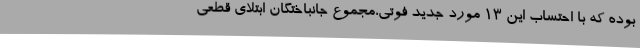
بوده که با احتساب این 13 مورد جدید فوتی،مجموع جانباختگان ابتلای قطعی